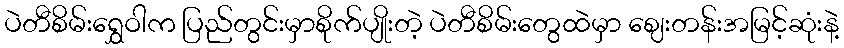
ပဲတီစိမ်းရွှေဝါက ပြည်တွင်းမှာစိုက်ပျိုးတဲ့ ပဲတီစိမ်းတွေထဲမှာ ဈေးတန်းအမြင့်ဆုံးနဲ့